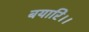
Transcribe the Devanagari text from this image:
बयारि।।